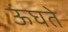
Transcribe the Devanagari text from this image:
ऊंघते